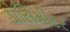
ડોસિમીટર